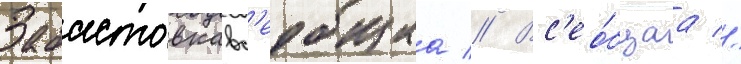
Забастовкавс'еобщаа // Вс'ео́бщаа //